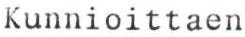
Kunnioittaen